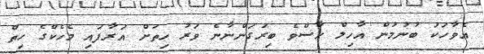
އެވާހަކަ ބުނުމުން އާހިލް ހާސްވެ ބިރުގަންނާނެ ވަރު ހިތަށް އަރާފައި މެހެކްގެ ހިތް